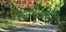
વાનગીઓના